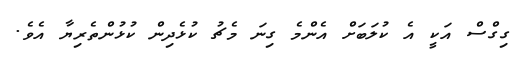
ގިގްސް އަކީ އެ ކުލަބަށް އެންމެ ގިނަ މެޗު ކުޅެދިން ކުޅުންތެރިޔާ އެވެ.